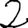
Digit: 2